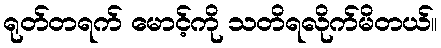
ရုတ်တရက် မောင့်ကို သတိရလိုက်မိတယ်။